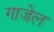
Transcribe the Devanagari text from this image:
गाजेल